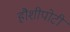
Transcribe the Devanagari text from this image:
हौशीपोटी